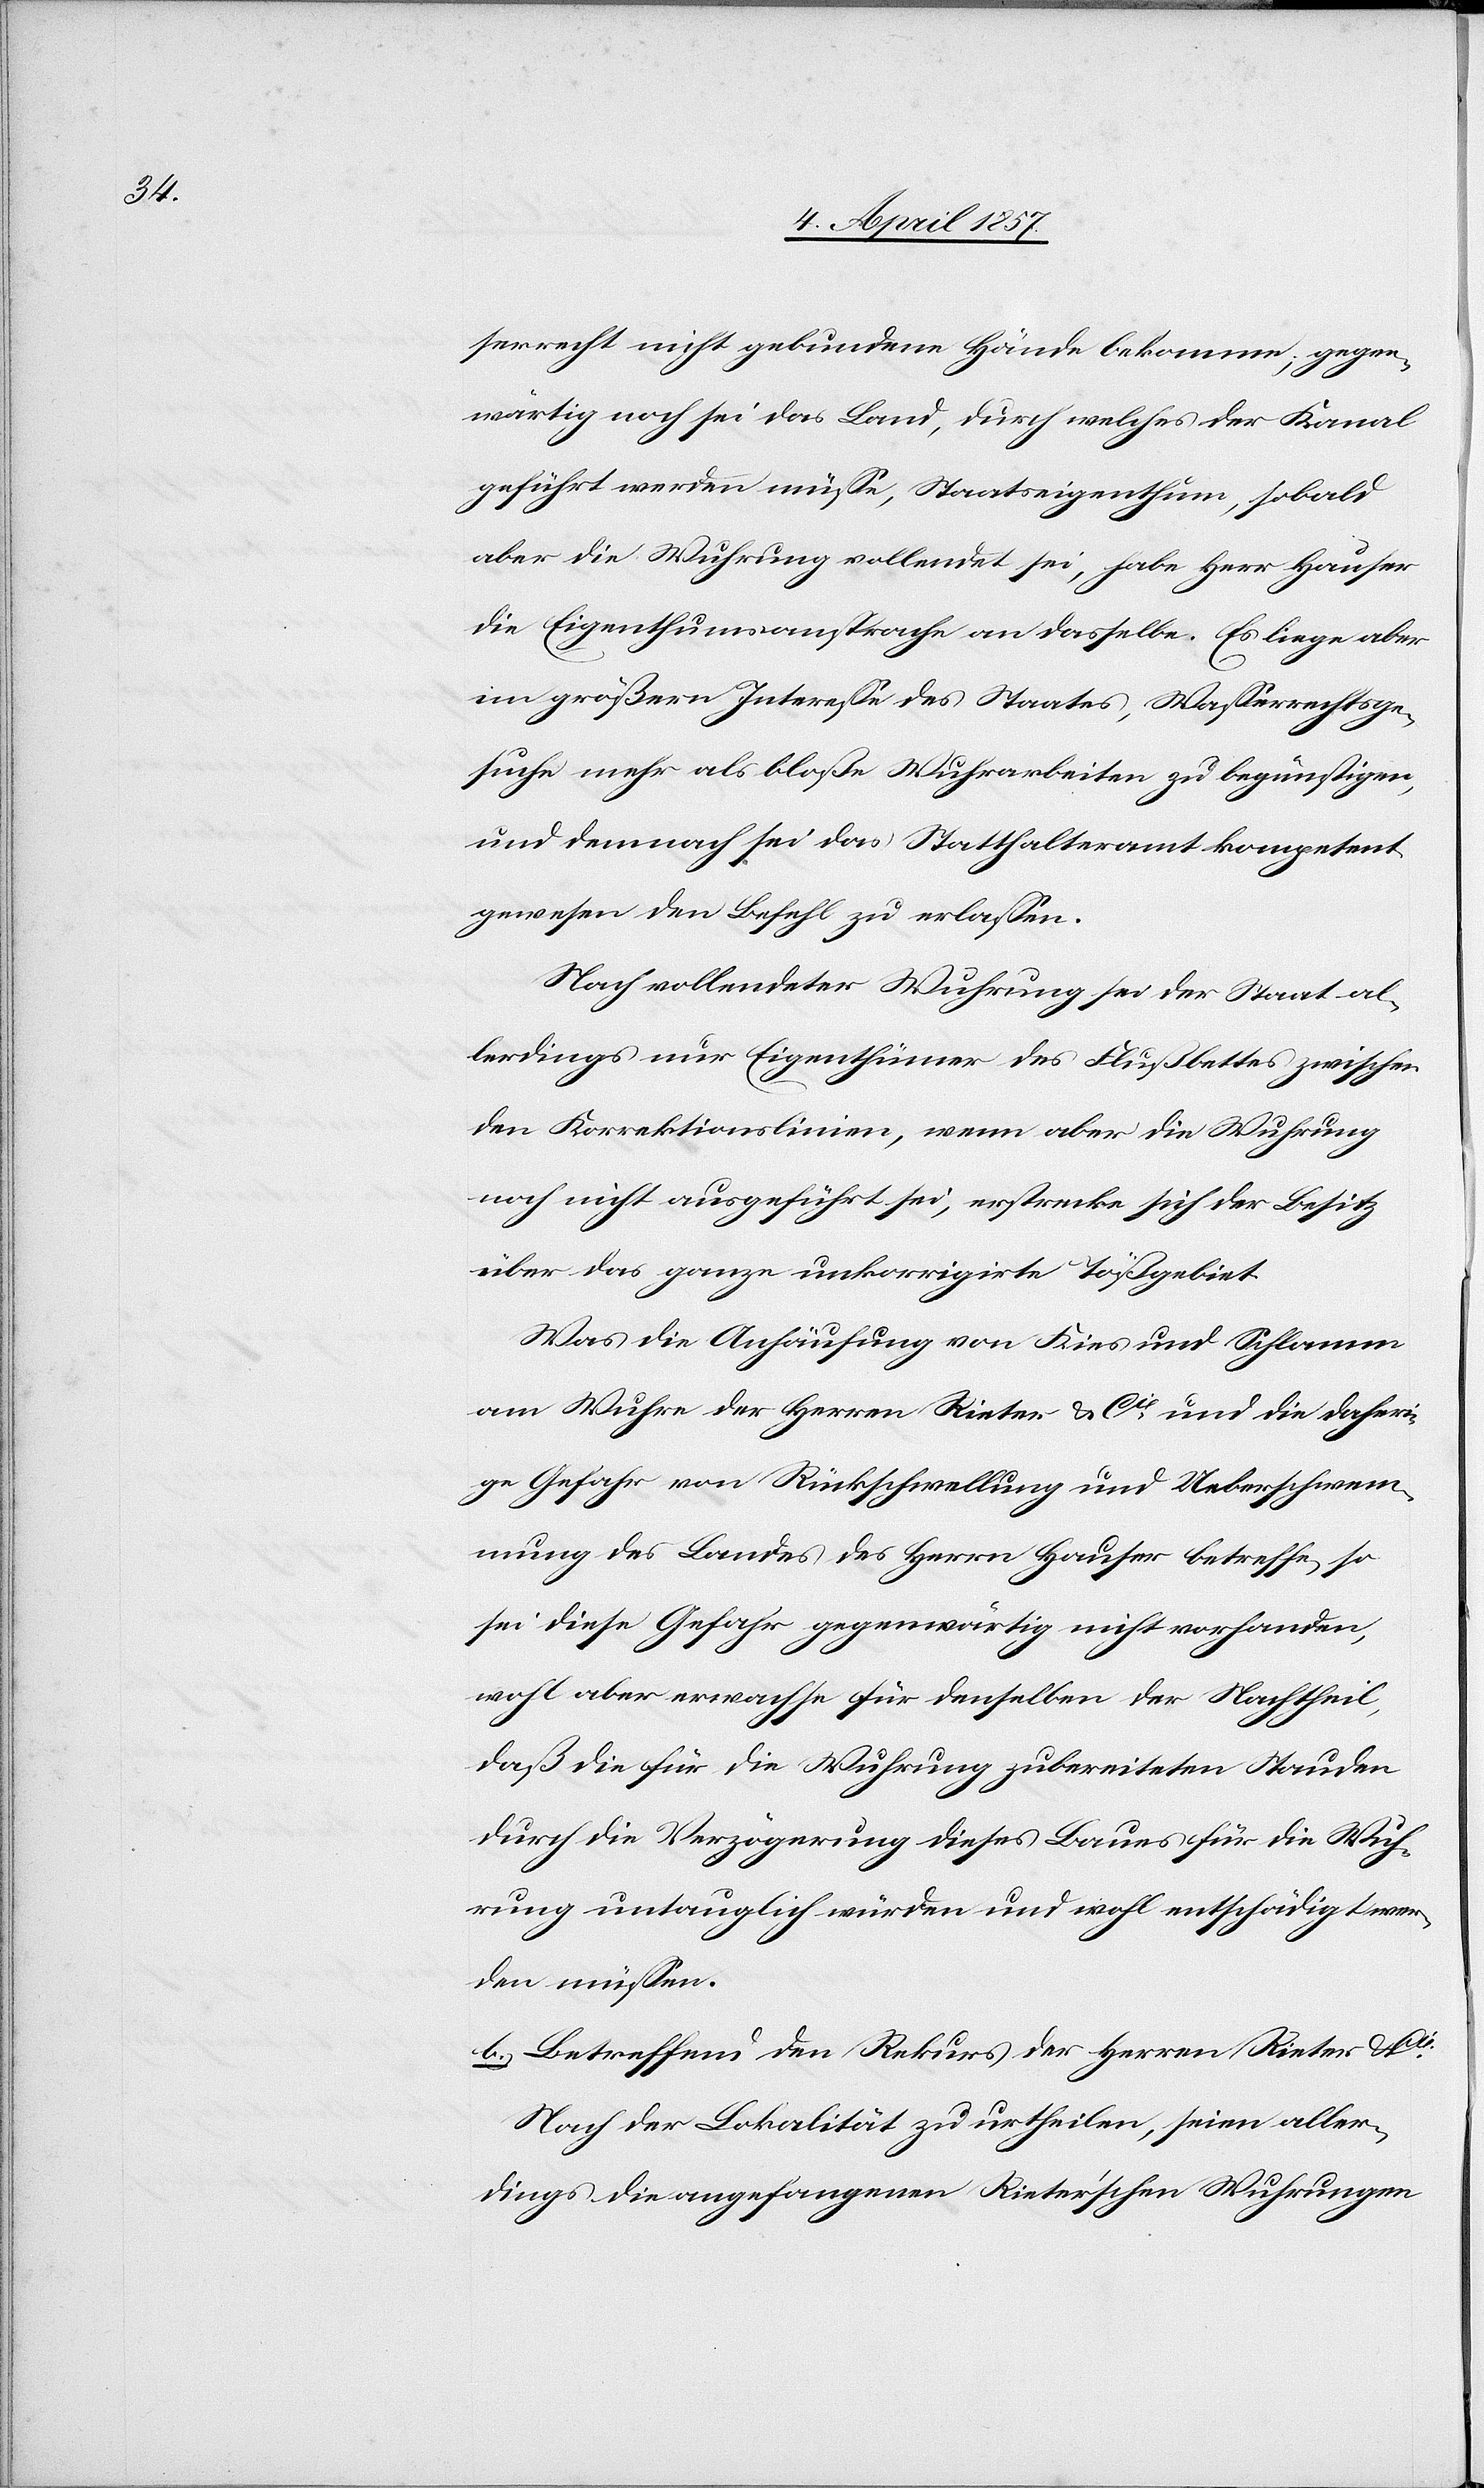
serrecht nicht gebundene Hände bekomme; gegen¬
wärtig noch sei das Land, durch welches der Kanal
geführt werden müsse, Staatseigenthum, sobald
aber die Wuhrung vollendet sei, habe Herr Hauser
die Eigenthumsansprache an dasselbe. Es liege aber
im größern Interesse des Staates, Wasserrechtsge¬
suche mehr als bloße Wuhrarbeiten zu begünstigen,
und demnach sei das Statthalteramt kompetent
gewesen den Befehl zu erlassen.
Nach vollendeter Wuhrung sei der Staat al¬
lerdings nur Eigenthümer des Flußbettes zwischen
den Korrektionslinien, wenn aber die Wuhrung
noch nicht ausgeführt sei, erstrecke sich der Besitz
über das ganze unkorrigirte Tößgebiet.
Was die Anhäufung von Kies und Schlamm
am Wuhre der Herren Rieter & Cie und die daheri¬
ge Gefahr von Rückschwellung und Ueberschwem¬
mung des Landes des Herrn Hauser betreffe, so
sei diese Gefahr gegenwärtig nicht vorhanden,
wohl aber erwachse für denselben der Nachtheil,
daß die für die Wuhrung zubereiteten Stauden
durch die Verzögerung dieses Baues für die Wuh¬
rung untauglich würden und wohl entschädigt wer¬
den müssen.
b.) Betreffend den Rekurs der Herren Reiter & Cie:
Nach der Lokalität zu urtheilen, seien aller¬
dings die angefangenen Rieter'schen Wuhrungen